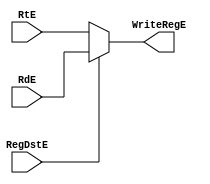
`timescale 1ns / 1ps
//////////////////////////////////////////////////////////////////////////////////
// Company: 
// Engineer: 
// 
// Design Name: 
// Module Name:    mux_RegDstE 
// Project Name: 
// Target Devices: 
// Tool versions: 
// Description: 
//
// Dependencies: 
//
// Revision: 
// Revision 0.01 - File Created
// Additional Comments: 
//
//////////////////////////////////////////////////////////////////////////////////
module mux_RegDstE(
	input wire [4:0]RtE,
	input wire [4:0]RdE,
	input wire RegDstE,
	output reg [4:0]WriteRegE
);
	 
always@(*)
begin
	if(RegDstE)
		WriteRegE <= RdE;
	else
		WriteRegE <= RtE;
end


endmodule